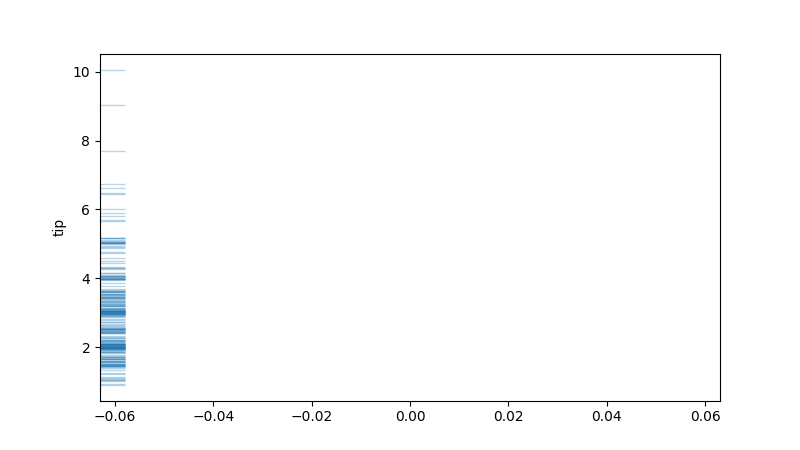
python, seaborn, rugplot, height=0.04, axis='y', alpha=0.3